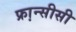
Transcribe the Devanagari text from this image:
फ्रा़न्सीसी